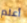
أعلم